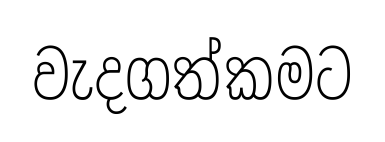
වැදගත්කමට